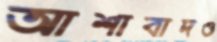
আশাবাদও